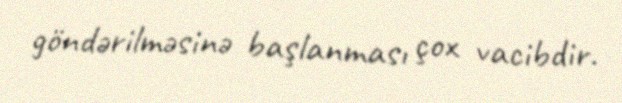
göndərilməsinə başlanması çox vacibdir.